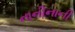
નાનીનાની